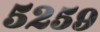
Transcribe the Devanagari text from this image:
५२५९